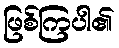
ဖြစ်ကြပါ၏